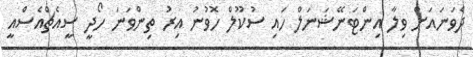
ދެވަނައަށް ވިލާ އިންޓަނޭޝަނަލް ހައި ސުކޫލް ހޮވުނު އިރު ތިންވަނަ ހޯދީ ސީއެޗްއެސްއީ